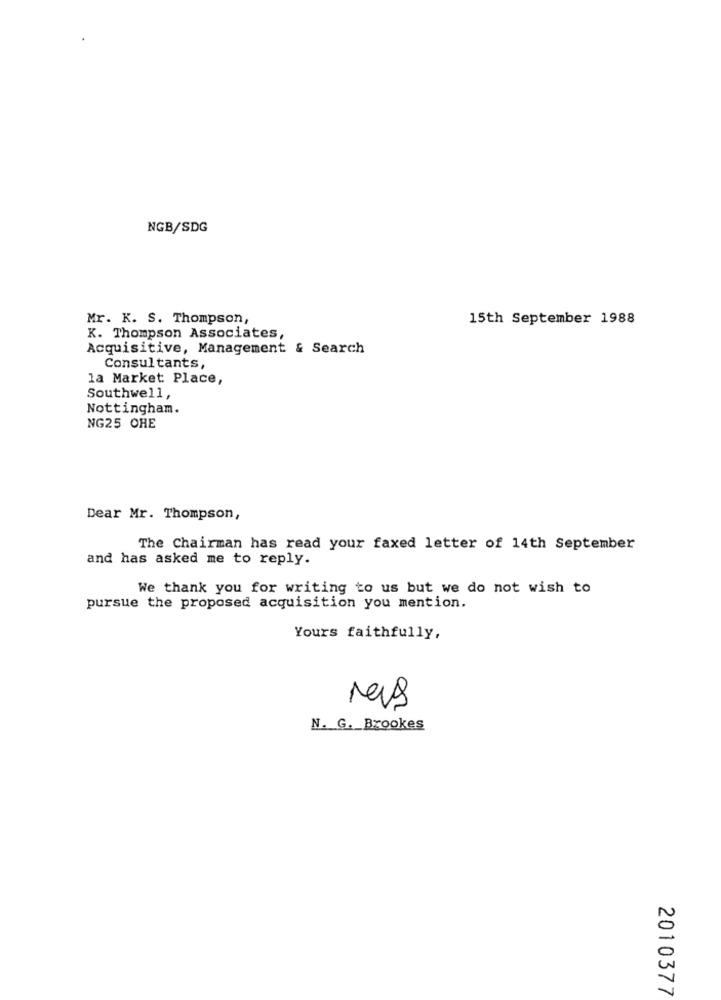
NGB/SDG
Mr. K. S. Thompson,
15th September 1988
K. Thompson Associates,
Acquisitive, Management & Search
Consultants,
la Market Place,
Southwell,
Nottingham.
NG25 CHE
Dear Mr. Thompson,
The Chairman has read your faxed letter of 14th September
and has asked me to reply.
We thank you for writing to us but we do not wish to
pursue the proposed acquisition you mention.
Yours faithfully,
res
N. G. Brookes
2010377